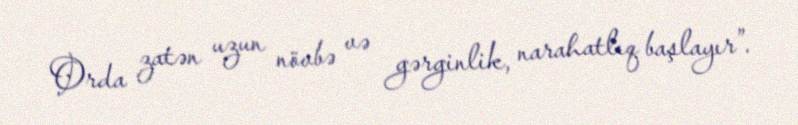
Orda zatən uzun növbə və gərginlik, narahatlıq başlayır”.